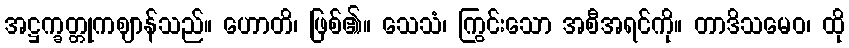
အဋ္ဌက္ခတ္တုကဈာန်သည်။ ဟောတိ၊ ဖြစ်၏။ သေသံ၊ ကြွင်းသော အစီအရင်ကို။ တာဒိသမေဝ၊ ထို